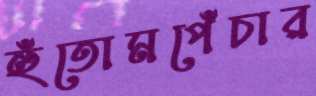
হুঁতোমপেঁচার